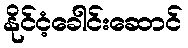
နိုင်ငံ့ခေါင်းဆောင်